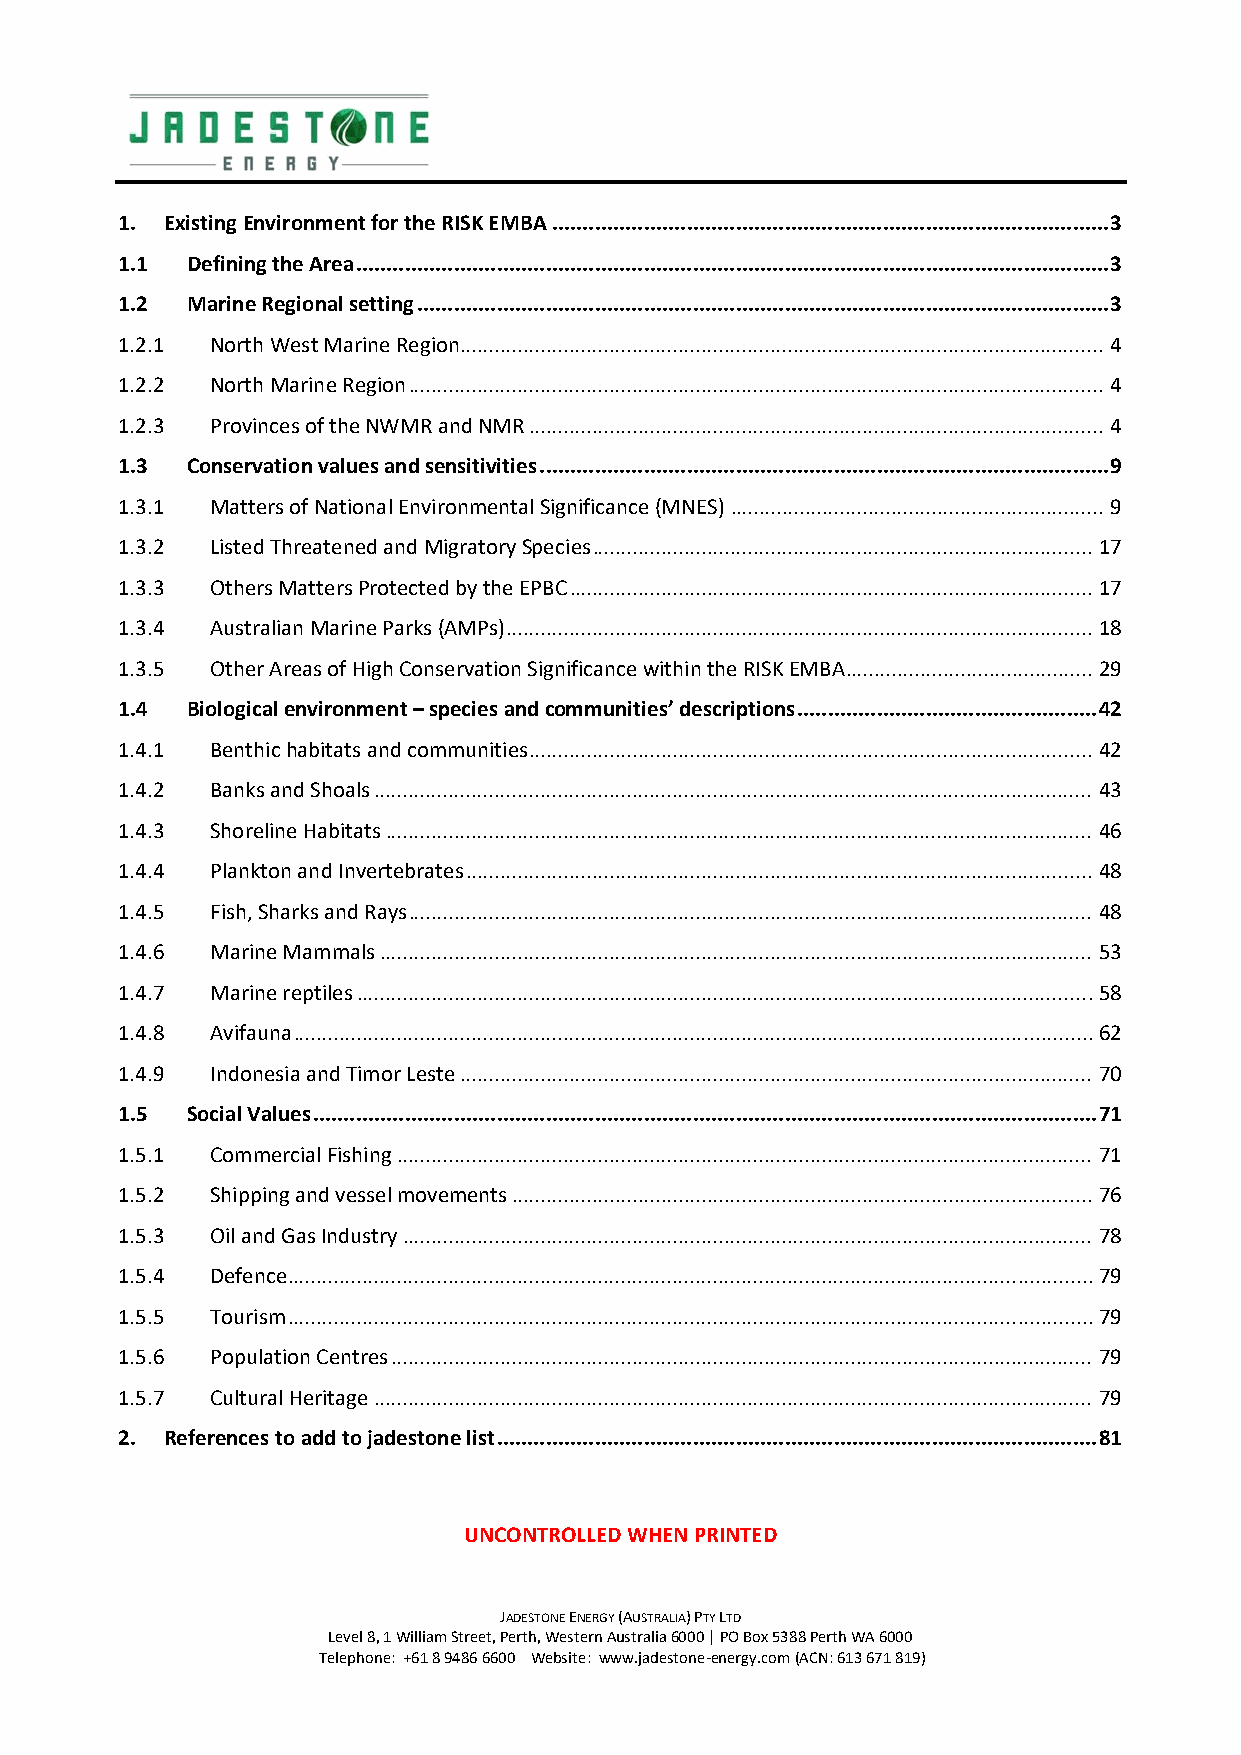
1. Existing Environment for the RISK EMBA ........................................................................................... 3
 1.1 Defining the Area ........................................................................................................................... 3
 1.2 Marine Regional setting ................................................................................................................. 3
 1.2.1 North West Marine Region ................................................................................................................ 4
 1.2.2 North Marine Region ......................................................................................................................... 4
 1.2.3 Provinces of the NWMR and NMR .................................................................................................... 4
 1.3 Conservation values and sensitivities ............................................................................................. 9
 1.3.1 Matters of National Environmental Significance (MNES) ................................................................. 9
 1.3.2 Listed Threatened and Migratory Species ....................................................................................... 17
 1.3.3 Others Matters Protected by the EPBC ........................................................................................... 17
 1.3.4 Australian Marine Parks (AMPs) ...................................................................................................... 18
 1.3.5 Other Areas of High Conservation Significance within the RISK EMBA ........................................... 29
 1.4 Biological environment – species and communities’ descriptions ................................................. 42
 1.4.1 Benthic habitats and communities .................................................................................................. 42
 1.4.2 Banks and Shoals ............................................................................................................................. 43
 1.4.3 Shoreline Habitats ........................................................................................................................... 46
 1.4.4 Plankton and Invertebrates ............................................................................................................. 48
 1.4.5 Fish, Sharks and Rays ....................................................................................................................... 48
 1.4.6 Marine Mammals ............................................................................................................................ 53
 1.4.7 Marine reptiles ................................................................................................................................ 58
 1.4.8 Avifauna ........................................................................................................................................... 62
 1.4.9 Indonesia and Timor Leste .............................................................................................................. 70
 1.5 Social Values ................................................................................................................................ 71
 1.5.1 Commercial Fishing ......................................................................................................................... 71
 1.5.2 Shipping and vessel movements ..................................................................................................... 76
 1.5.3 Oil and Gas Industry ........................................................................................................................ 78
 1.5.4 Defence ............................................................................................................................................ 79
 1.5.5 Tourism ............................................................................................................................................ 79
 1.5.6 Population Centres .......................................................................................................................... 79
 1.5.7 Cultural Heritage ............................................................................................................................. 79
 2. References to add to jadestone list .................................................................................................. 81
 UNCONTROLLED WHEN PRINTED
 JADESTONE ENERGY (AUSTRALIA) PTY LTD
 Level 8, 1 William Street, Perth, Western Australia 6000 | PO Box 5388 Perth WA 6000
 Telephone: +61 8 9486 6600 Website: www.jadestone‐energy.com (ACN: 613 671 819)